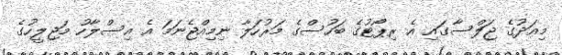
މިއަދުގެ ޖަލްސާގައި އެ ރިޕޯޓުގެ ބަހުސްގެ މަރުހަލާ ނިމިއްޖެނަމަ އެ އިސްލާހު މަޖިލީހުގެ